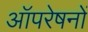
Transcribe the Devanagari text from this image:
आॅपरेषनों